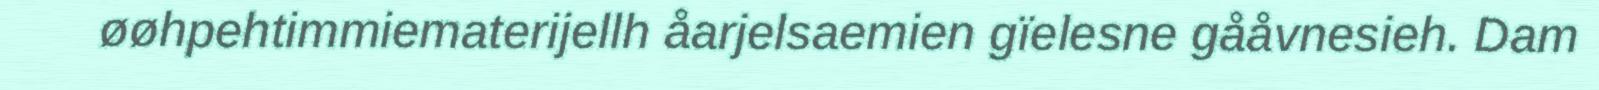
øøhpehtimmiematerijellh åarjelsaemien gïelesne gååvnesieh. Dam